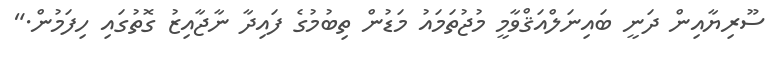
ސޫރިޔާއިން ދަނީ ބައިނަލްއަޤްވާމީ މުޖުތަމައު މަޑުން ތިބުމުގެ ފައިދާ ނާޖާއިޒު ގޮތުގައި ހިފަމުން."